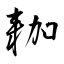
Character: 耞